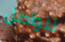
لنواصل